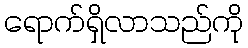
ရောက်ရှိလာသည်ကို